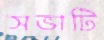
সভাটি